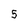
Character: 5